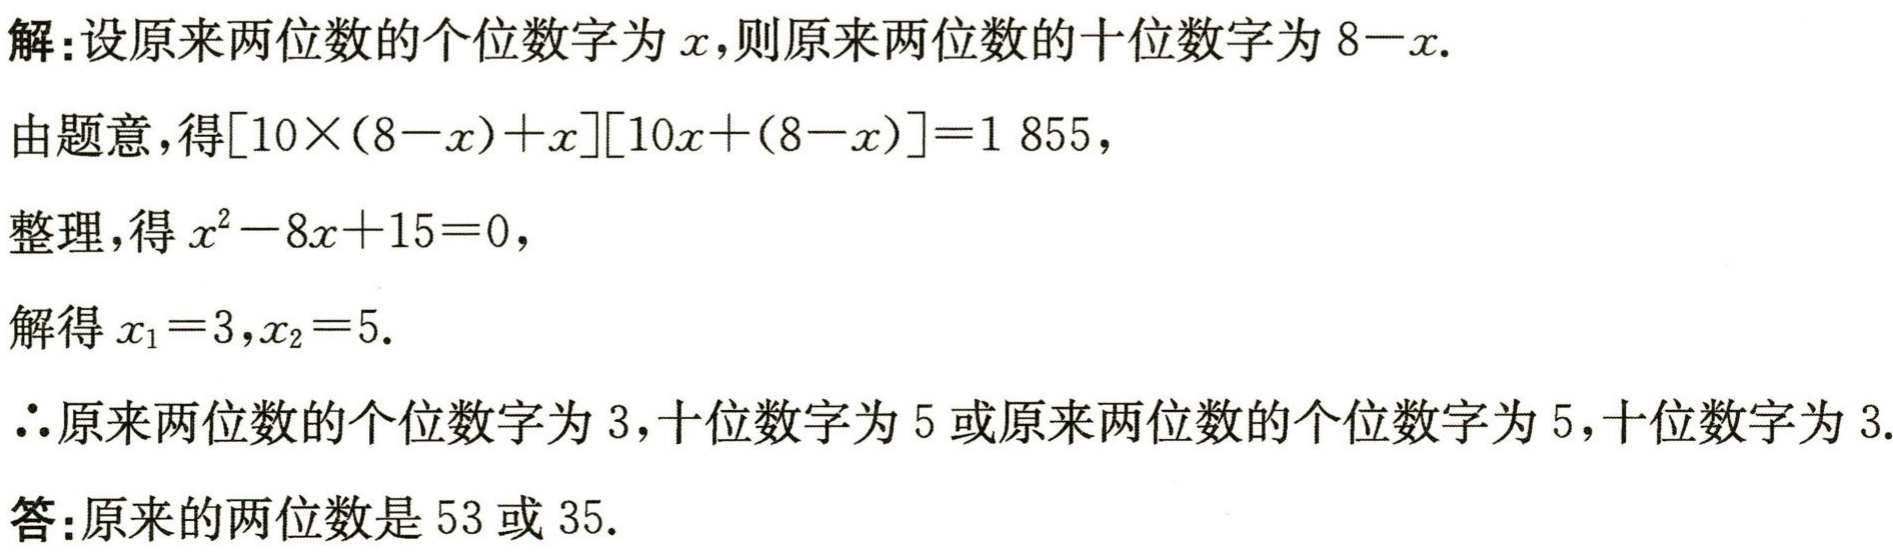
解：设原来两位数的个位数字为\(x\)，则原来两位数的十位数字为\(8 - x\).
由题意，得\([10\times(8 - x)+x][10x+(8 - x)] = 1855\)，
整理，得\(x^{2}-8x + 15 = 0\)，
解得\(x_{1}=3\)，\(x_{2}=5\).
\(\therefore\)原来两位数的个位数字为\(3\)，十位数字为\(5\)或原来两位数的个位数字为\(5\)，十位数字为\(3\).
答：原来的两位数是\(53\)或\(35\).